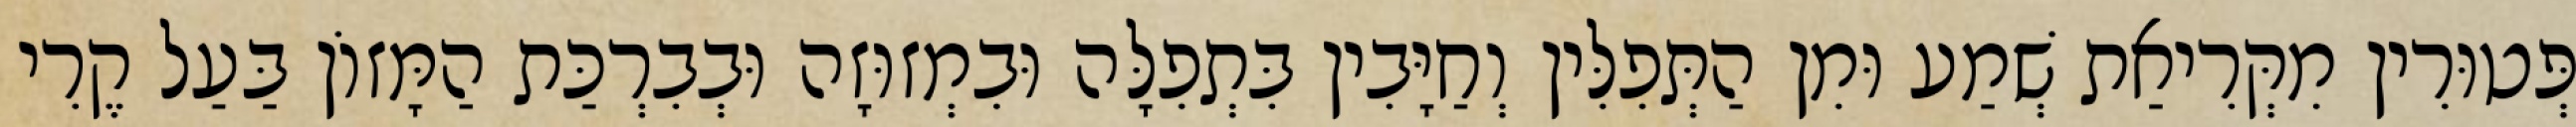
פְּטוּרִין מִקְּרִיאַת שְׁמַע וּמִן הַתְּפִלִּין וְחַיָּבִין בִּתְפִלָּה וּבִמְזוּזָה וּבְבִרְכַּת הַמָּזוֹן בַּעַל קֶרִי